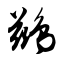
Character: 鹚